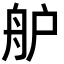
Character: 舮